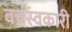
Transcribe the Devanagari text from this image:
वर्चस्वकारी